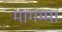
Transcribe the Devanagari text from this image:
मागम्मा